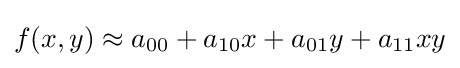
f(x,y)\approx a_{00}+a_{10}x+a_{01}y+a_{11}xy